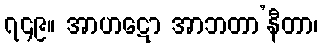
၇၄၉။ အာဟဋော အာဘတာ’နီတာ၊